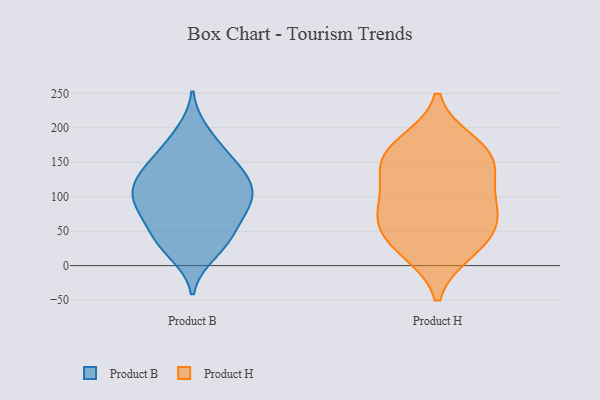
{"axis": {"x": "Page Views", "y": "Value"}, "legend": ["Product B", "Product H"], "data": [{"x": "", "y": 146, "type": "Product B"}, {"x": "", "y": 102, "type": "Product B"}, {"x": "", "y": 126, "type": "Product B"}, {"x": "", "y": 115, "type": "Product B"}, {"x": "", "y": 31, "type": "Product B"}, {"x": "", "y": 18, "type": "Product B"}, {"x": "", "y": 104, "type": "Product B"}, {"x": "", "y": 142, "type": "Product B"}, {"x": "", "y": 111, "type": "Product B"}, {"x": "", "y": 193, "type": "Product B"}, {"x": "", "y": 77, "type": "Product B"}, {"x": "", "y": 66, "type": "Product B"}, {"x": "", "y": 44, "type": "Product B"}, {"x": "", "y": 150, "type": "Product B"}, {"x": "", "y": 81, "type": "Product B"}, {"x": "", "y": 175, "type": "Product B"}, {"x": "", "y": 92, "type": "Product B"}, {"x": "", "y": 35, "type": "Product B"}, {"x": "", "y": 29, "type": "Product H"}, {"x": "", "y": 22, "type": "Product H"}, {"x": "", "y": 177, "type": "Product H"}, {"x": "", "y": 94, "type": "Product H"}, {"x": "", "y": 163, "type": "Product H"}, {"x": "", "y": 149, "type": "Product H"}, {"x": "", "y": 119, "type": "Product H"}, {"x": "", "y": 154, "type": "Product H"}, {"x": "", "y": 71, "type": "Product H"}, {"x": "", "y": 52, "type": "Product H"}, {"x": "", "y": 74, "type": "Product H"}]}